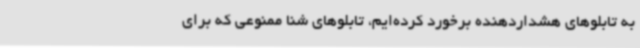
به تابلوهای هشداردهنده برخورد کرده‌ایم، تابلوهای شنا ممنوعی که برای